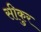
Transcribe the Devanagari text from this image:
सीकुर